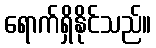
ရောက်ရှိနိုင်သည်။